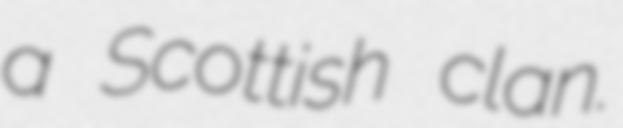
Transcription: a Scottish clan.